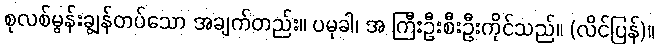
စုလစ်မွန်းချွန်တပ်သော အချက်တည်း။ ပမုခါ၊ အ ကြီးဦးစီးဦးကိုင်သည်။ (လိင်ပြန်)။